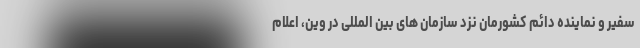
سفیر و نماینده دائم کشورمان نزد سازمان های بین المللی در وین، اعلام